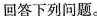
回答下列问题。